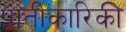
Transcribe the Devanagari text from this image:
प्रातीकारिकी